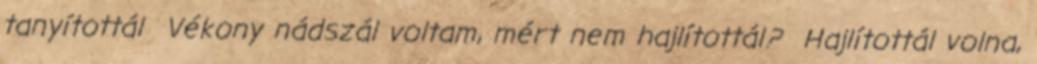
tanyítottál Vékony nádszál voltam, mért nem hajlítottál? Hajlítottál volna,